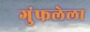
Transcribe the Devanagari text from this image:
गुंफलेला